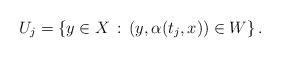
LaTeX: \begin{align*}U_j= \{ y \in X \,:\, (y, \alpha(t_j,x)) \in W \} \,.\end{align*}